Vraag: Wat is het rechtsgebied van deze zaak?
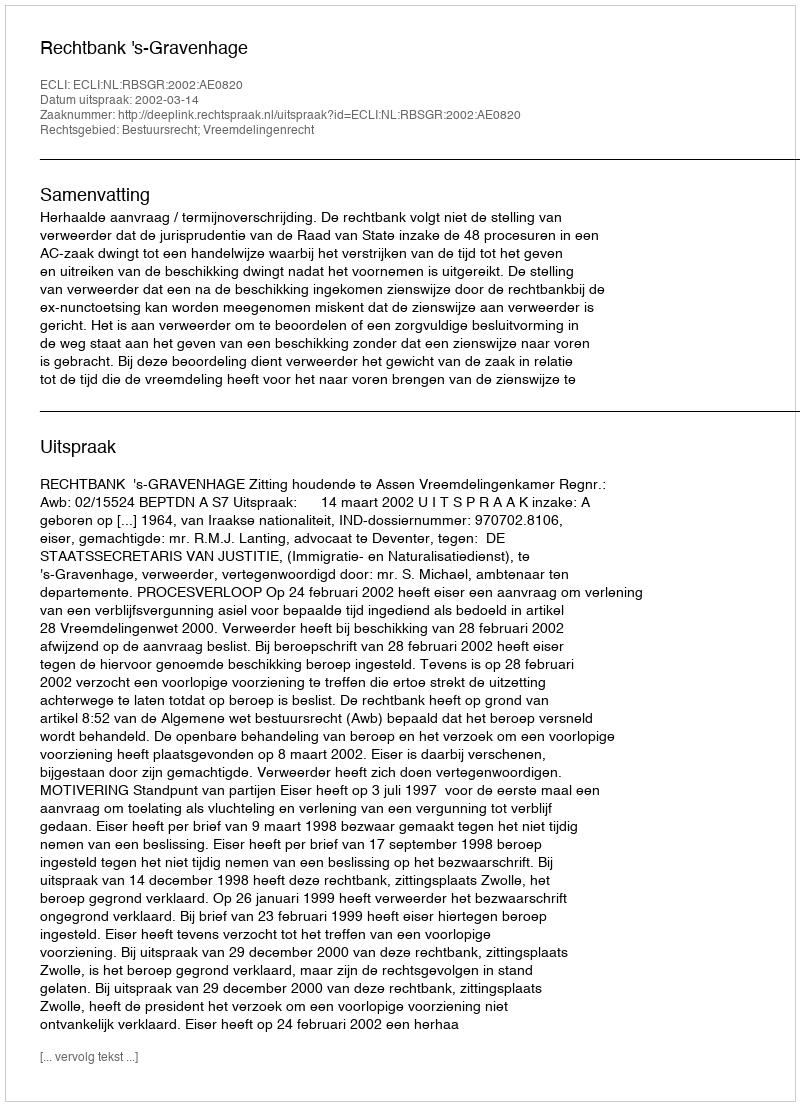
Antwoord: Bestuursrecht; Vreemdelingenrecht